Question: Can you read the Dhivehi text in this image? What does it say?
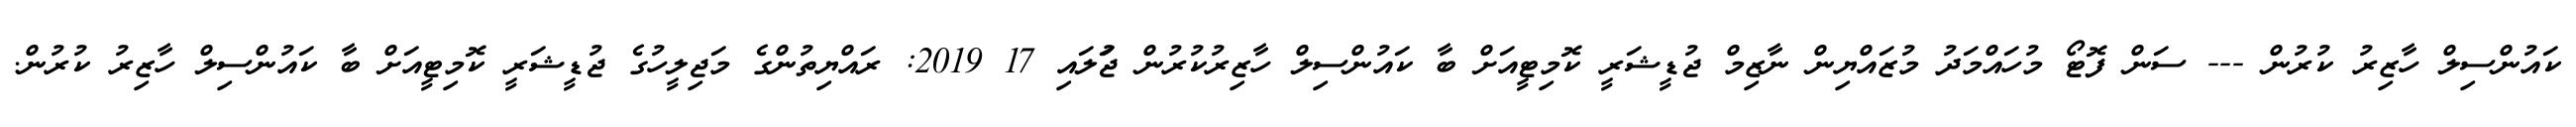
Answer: ކައުންސިލް ހާޒިރު ކުރުން --- ސަން ފޮޓޯ މުހައްމަދު މުޒައްޔިން ނާޒިމް ޖުޑީޝަރީ ކޮމިޓީއަށް ބާ ކައުންސިލް ހާޒިރުކުރުން ޖުަލައި 17 2019: ރައްޔިތުންގެ މަޖިލީހުގެ ޖުޑީޝަރީ ކޮމިޓީއަށް ބާ ކައުންސިލް ހާޒިރު ކުރުން.